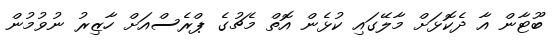
ބޫޓާން އާ ދެކޮޅަށް މާލޭގައި ކުޅެން އޮތް މެޗުގެ ޕްރެސްއަށް ހާޒިރު ނުވުމުން